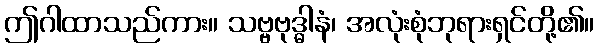
ဤဂါထာသည်ကား။ သဗ္ဗဗုဒ္ဓါနံ၊ အလုံးစုံဘုရားရှင်တို့၏။